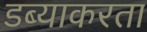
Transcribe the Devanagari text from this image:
डब्याकरता